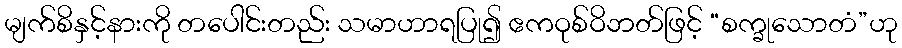
မျက်စိနှင့်နားကို တပေါင်းတည်း သမာဟာရပြု၍ ဧကဝုစ်ဝိဘတ်ဖြင့် “စက္ခုသောတံ”ဟု